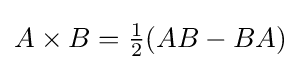
A\times B={\tfrac {1}{2}}(AB-BA)